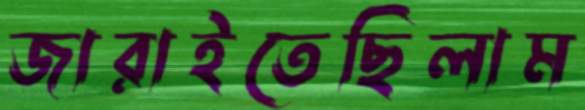
জারাইতেছিলাম